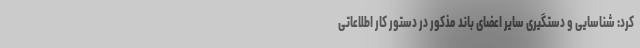
کرد: شناسایی و دستگیری سایر اعضای باند مذکور در دستور کار اطلاعاتی